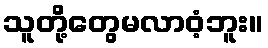
သူတို့တွေမလာဝံ့ဘူး။